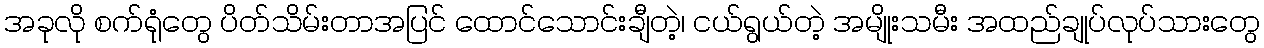
အခုလို စက်ရုံတွေ ပိတ်သိမ်းတာအပြင် ထောင်သောင်းချီတဲ့၊ ငယ်ရွယ်တဲ့ အမျိုးသမီး အထည်ချုပ်လုပ်သားတွေ